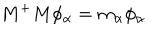
LaTeX: M ^ { + } M \phi _ { \alpha } = m _ { \alpha } \phi _ { \alpha }